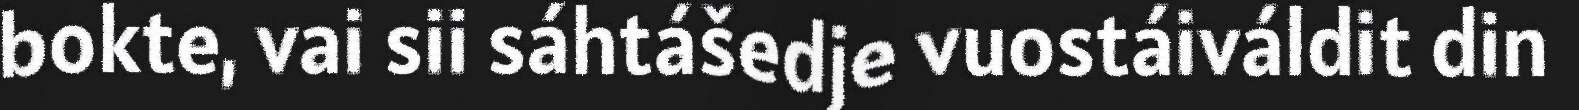
bokte, vai sii sáhtášedje vuostáiváldit din